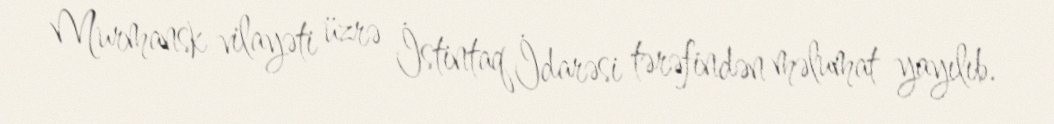
Murmansk vilayəti üzrə İstintaq İdarəsi tərəfindən məlumat yayılıb.